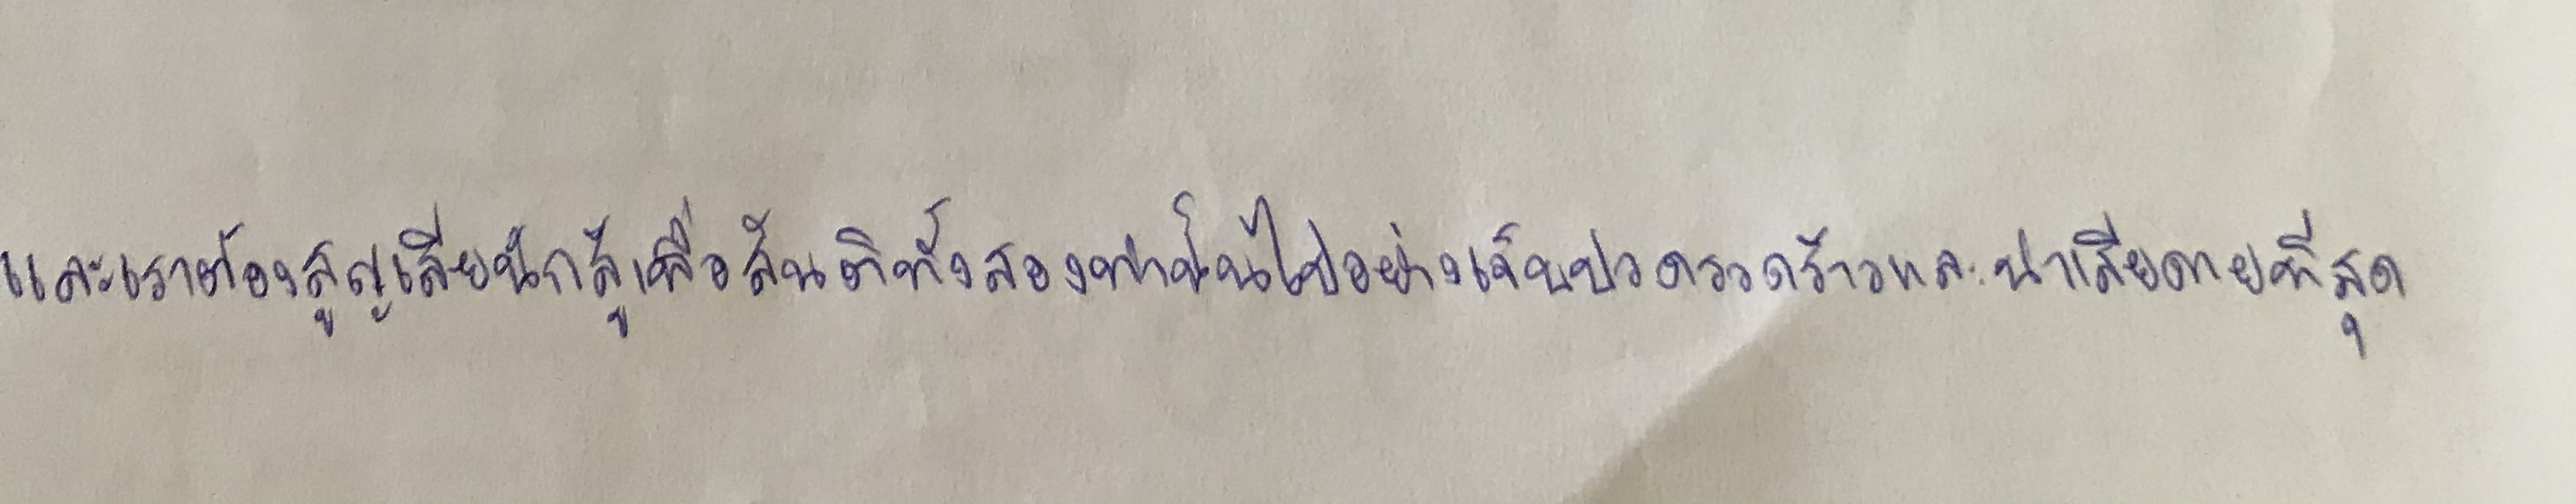
และเราต้องสูญเสียนักสู้เพื่อสันติทั้งสองท่านั้นไปอย่างเจ็บปวดรวดร้าวและน่าเสียดายที่สุด